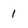
Character: 1